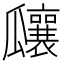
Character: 𤬞